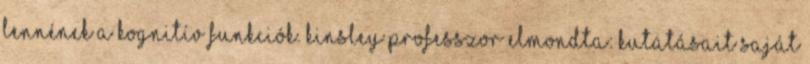
lennének a kognitív funkciók. Kinsley professzor elmondta: kutatásait saját